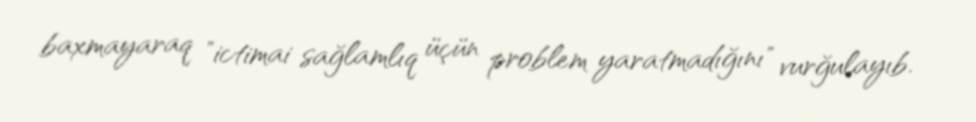
baxmayaraq "ictimai sağlamlıq üçün problem yaratmadığını" vurğulayıb.